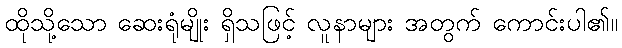
ထိုသို့သော ဆေးရုံမျိုး ရှိသဖြင့် လူနာများ အတွက် ကောင်းပါ၏။